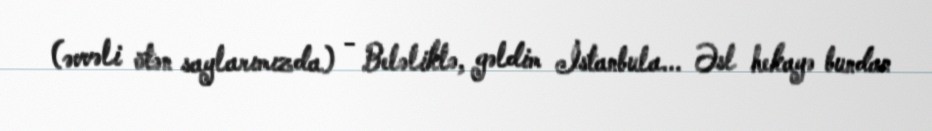
(əvvəli ötən saylarımızda) - Beləliklə, gəldim İstanbula... Əsl hekayə bundan